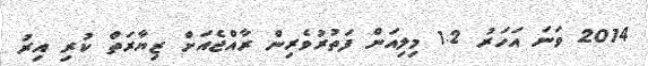
2014 ވަނަ އަހަރު 1.2 މިލިއަން ފަތުރުވެރިން ރާއްޖެއަށް ޒިޔާރަތް ކުރި އިރު